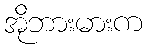
အိုဘားမားက